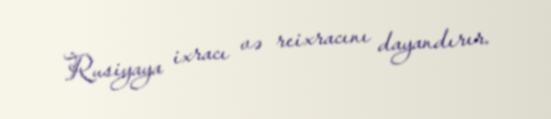
Rusiyaya ixracı və reixracını dayandırır.